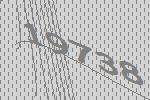
19738